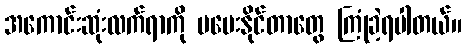
အကောင်းဆုံးလက်ရာကို မပေးနိုင်တာတွေ ကြုံခဲ့ရပါတယ်။